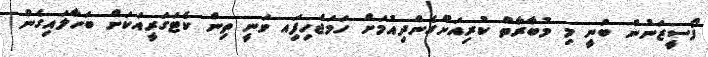
ފޯސީޒަނުން ބުނީ މި މުބާރާތް ކުރިއަށްގެންދިއުމަށް ހަމަޖެހިފަިއ ވަނީ ތިން ކެޓަގަރީއަކަށް ބަހާލައިގެން